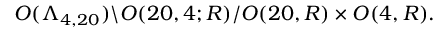
O ( \Lambda _ { 4 , 2 0 } ) \backslash O ( 2 0 , 4 ; R ) / O ( 2 0 , R ) \times O ( 4 , R ) .